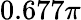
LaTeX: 0.677\pi